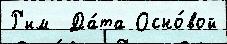
Р'им  Да́та Осно́вой